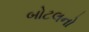
બોટલનો